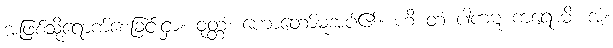
အဖြစ်သို့ရောက်စေခြင်းငှာ။ ဝုတ္တံ၊ ဟောတော်မူအပ်၏။ ဟိ တံ ပါကဋံ ကရောမိ၊ အံ့။